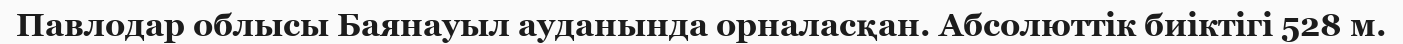
Павлодар облысы Баянауыл ауданында орналасқан. Абсолюттiк биіктігі 528 м.